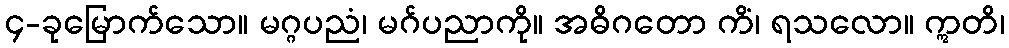
၄-ခုမြောက်သော။ မဂ္ဂပညံ၊ မဂ်ပညာကို။ အဓိဂတော ကိံ၊ ရသလော။ ဣတိ၊